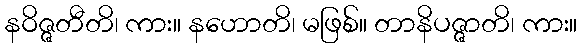
နဝိဇ္ဇတီတိ၊ ကား။ နဟောတိ၊ မဖြစ်။ တာနိပဇ္ဇာတိ၊ ကား။